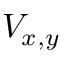
V _ { x , y }